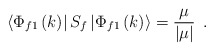
\begin{align*}\left\langle \Phi _{f1}\left( k\right) \right| S_f\left| \Phi _{f1}\left(k\right) \right\rangle =\frac \mu {\left| \mu \right| }\;\,.\end{align*}